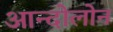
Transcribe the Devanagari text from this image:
आन्दोलोन